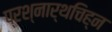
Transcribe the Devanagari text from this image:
प्रश्नार्थचिह्न